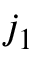
j _ { 1 }